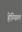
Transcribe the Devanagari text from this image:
हेम्फिल